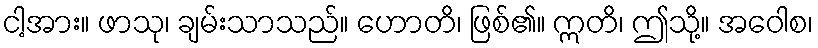
ငါ့အား။ ဖာသု၊ ချမ်းသာသည်။ ဟောတိ၊ ဖြစ်၏။ ဣတိ၊ ဤသို့။ အဝေါစ၊